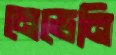
নেভেনি